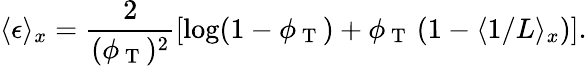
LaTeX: \langle\epsilon\rangle_{x}=\frac{2}{(\phi_{\mathrm{~T~}})^{2}}\left[\log(1-\phi_{\mathrm{~T~}})+\phi_{\mathrm{~T~}}\left(1-\langle 1/L\rangle_{x}\right)\right].